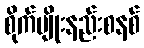
စိုက်ပျိုးနည်းစနစ်